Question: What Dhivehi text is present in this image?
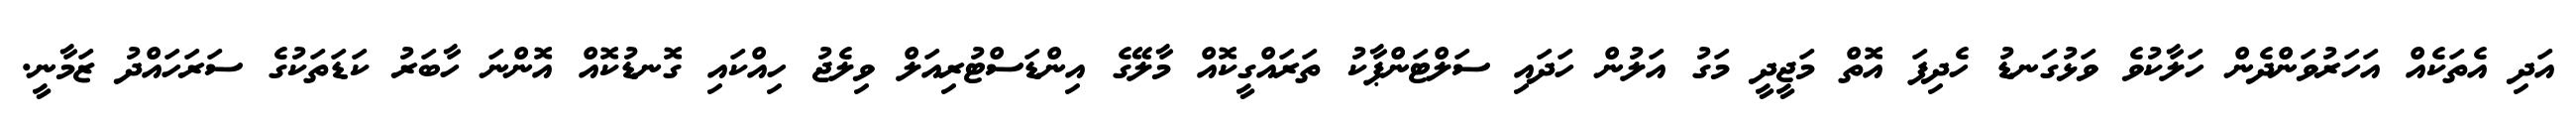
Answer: އަދި އެތަކެއް އަހަރުވަންދެން ހަލާކުވެ ވަޅުގަނޑު ހެދިފަ އޮތް މަޖީދީ މަގު އަލުން ހަދައި ސަލްޓަންޕާކު ތަރައްގީކޮއް މާލޭގެ އިންޑަސްޓުރިއަލް ވިލެޖު ހިއްކައި ގޮނޑުކޮއް އޮންނަ ހާބަރު ކަޑަތަކުގެ ސަރަހައްދު ޒަމާނީ.